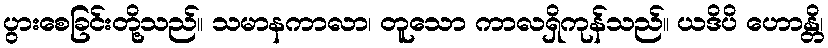
ပွားစေခြင်းတို့သည်။ သမာနကာလာ၊ တူသော ကာလရှိကုန်သည်။ ယဒိပိ ဟောန္တိ၊